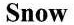
Snow